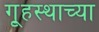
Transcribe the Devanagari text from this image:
गृ्हस्थाच्या